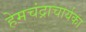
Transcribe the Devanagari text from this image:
हेमचंद्राचार्यका